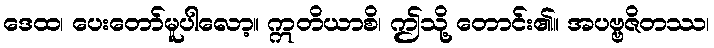
ဒေထ၊ ပေးတော်မူပါလော့။ ဣတိယာစိ၊ ဤသို့ တောင်း၏။ အပဗ္ဗဇိတဿ၊